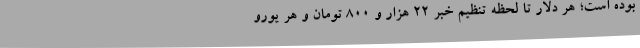
بوده است؛ هر دلار تا لحظه تنظیم خبر ۲۲ هزار و ۸۰۰ تومان و هر یورو